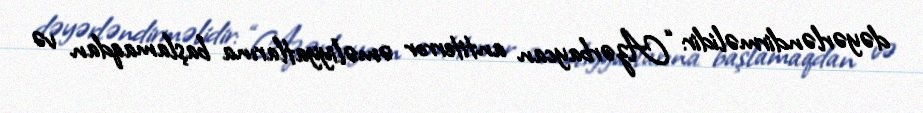
dəyərləndirməlidir: “Azərbaycan antiterror əməliyyatlarına başlamaqdan və